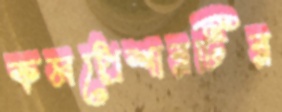
কমপ্রেশারটির